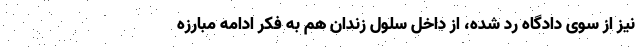
نیز از سوی دادگاه رد شده، از داخل سلول زندان هم به فکر ادامه مبارزه